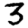
Digit: 3